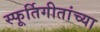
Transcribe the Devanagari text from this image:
स्फूर्तिगीतांच्या